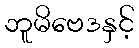
ဘူမိဗေဒနှင့်